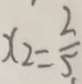
x _ { 2 } = \frac { 2 } { 5 }